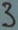
Text: 3